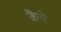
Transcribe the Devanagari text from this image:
कैपें